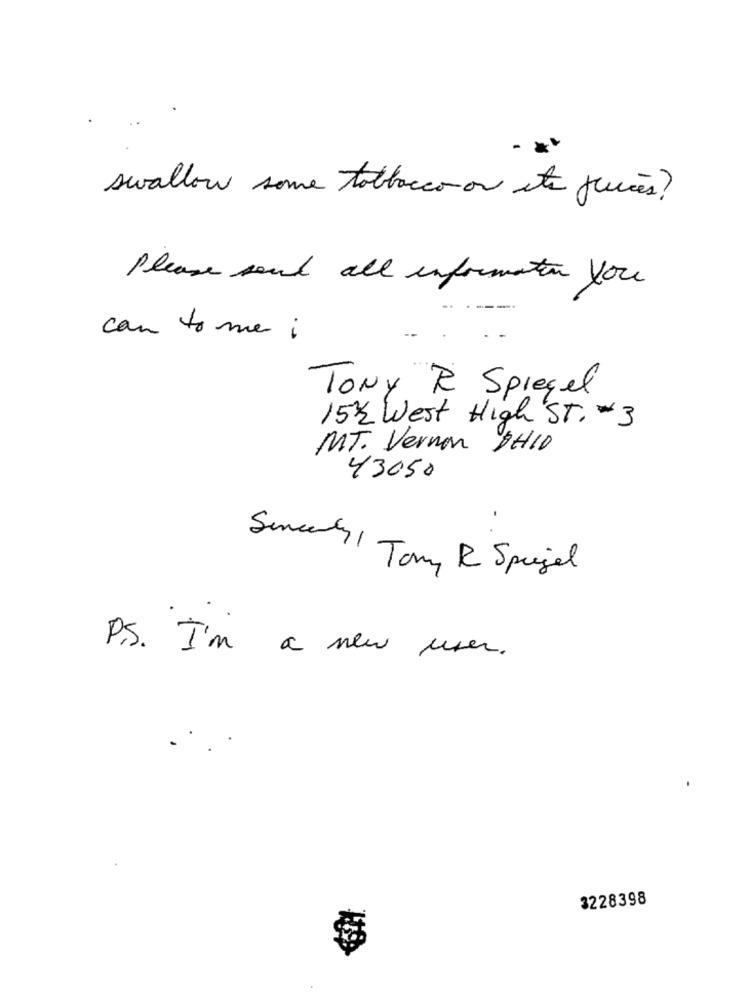
swallow some tobbacco on eta juices?
Please send all information you
can to me i
Tony R Spiegel
15 / West High ST. - 3
MT. Vernon DH10
43050
Sincerely 1
Tony R Spiegel
P.S. I'm a new user.
3228398